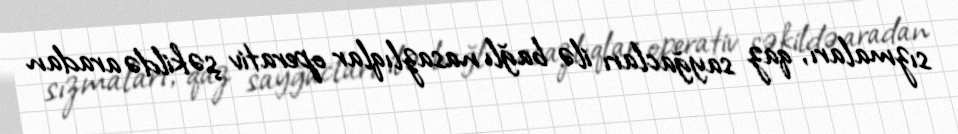
sızmaları, qaz sayğacları ilə bağlı nasazlıqlar operativ şəkildə aradan